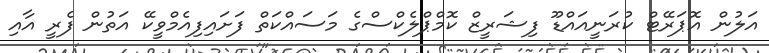
އަލުން އޮޕަރޭޓް ކުރަނީއައްޑޫ ފިޝަރީޒް ކޮމްޕްލެކްސްގެ މަސައްކަތް ފަށައިފިއެމްވީކޭ އަތުން ފެރީ އާއި